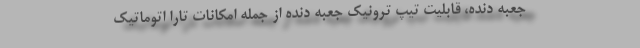
جعبه دنده، قابلیت تیپ ترونیک جعبه دنده از جمله امکانات تارا اتوماتیک